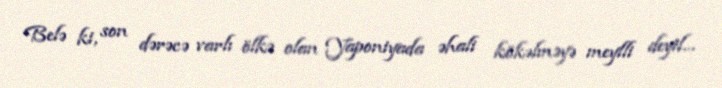
Belə ki, son dərəcə varlı ölkə olan Yaponiyada əhali kökəlməyə meylli deyil...